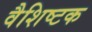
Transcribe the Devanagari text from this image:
वैशिष्टक